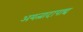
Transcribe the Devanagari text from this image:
अयत्नादापाद्य